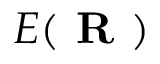
E ( \textbf { R } )